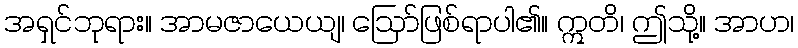
အရှင်ဘုရား။ အာမဇာယေယျ၊ ဩော်ဖြစ်ရာပါ၏။ ဣတိ၊ ဤသို့။ အာဟ၊